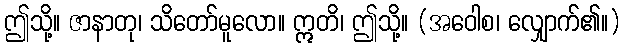
ဤသို့။ ဇာနာတု၊ သိတော်မူလော။ ဣတိ၊ ဤသို့။ (အဝေါစ၊ လျှောက်၏။)